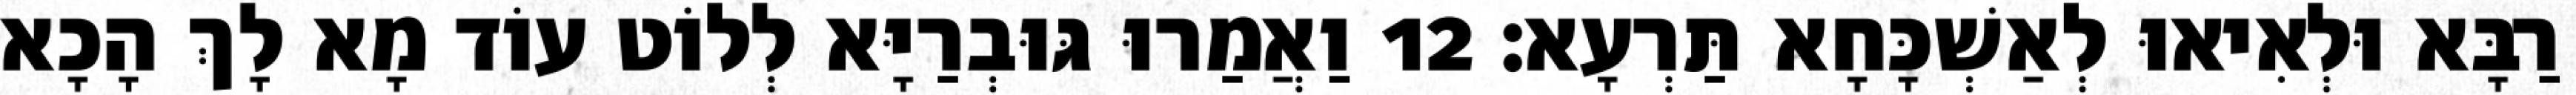
רַבָּא וּלְאִיאוּ לְאַשְׁכָּחָא תַּרְעָא׃ 12 וַאֲמַרוּ גּוּבְרַיָּא לְלוֹט עוֹד מָא לָךְ הָכָא